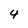
Character: 4